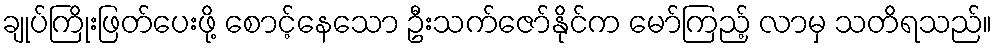
ချုပ်ကြိုးဖြတ်ပေးဖို့ စောင့်နေသော ဦးသက်ဇော်နိုင်က မော်ကြည့် လာမှ သတိရသည်။